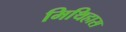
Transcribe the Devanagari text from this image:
मिथिहास